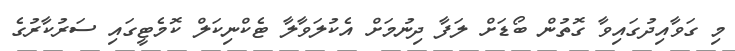
މި ގަވާއިދުގައިވާ ގޮތުން ބޯޑަށް ލަފާ ދިނުމަށް އެކުލަވާލާ ޓެކްނިކަލް ކޮމެޓީގައި ސަރުކާރުގެ